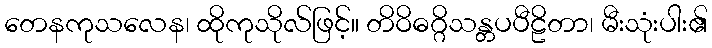
တေနကုသလေန၊ ထိုကုသိုလ်ဖြင့်။ တိဝိဓဂ္ဂိသန္တပပီဠိတာ၊ မီးသုံးပါး၏